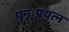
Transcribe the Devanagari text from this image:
पुनःप्रयत्न